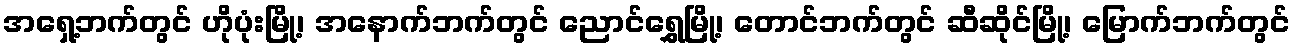
အရှေ့ဘက်တွင် ဟိုပုံးမြို့၊ အနောက်ဘက်တွင် ညောင်ရွှေမြို့၊ တောင်ဘက်တွင် ဆီဆိုင်မြို့၊ မြောက်ဘက်တွင်